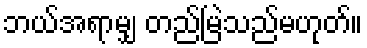
ဘယ်အရာမျှ တည်မြဲသည်မဟုတ်။